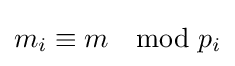
m_{i}\equiv m\mod p_{i}